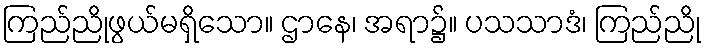
ကြည်ညိုဖွယ်မရှိသော။ ဌာနေ၊ အရာ၌။ ပသသာဒံ၊ ကြည်ညို